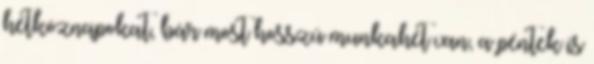
hétköznapokat, bár most hosszú munkahét van, a péntek is